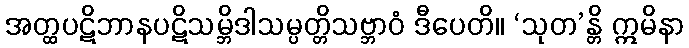
အတ္ထပဋိဘာနပဋိသမ္ဘိဒါသမ္ပတ္တိသဗ္ဘာဝံ ဒီပေတိ။ ‘သုတ’န္တိ ဣမိနာ